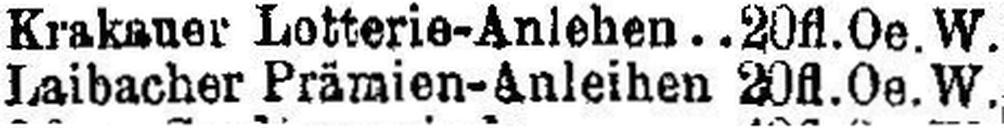
Laibacher Prämien-Anleihen 20 fl.Oe.W.